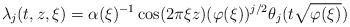
LaTeX: \begin{align*} \lambda _ j ( t , z , \xi ) = \alpha ( \xi ) ^ { - 1 } \cos ( 2 \pi \xi z ) ( \varphi ( \xi ) ) ^ { j / 2 } \theta _ j ( t \sqrt { \varphi ( \xi ) } ) \end{align*}